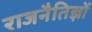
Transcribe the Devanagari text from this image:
राजनैतिज्ञों